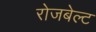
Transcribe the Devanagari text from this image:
रोजबेल्ट